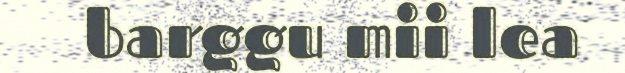
barggu mii lea